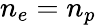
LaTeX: n_{e}=n_{p}